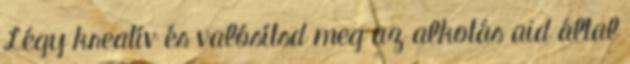
Légy kreatív és valósítsd meg az alkotás aid által